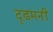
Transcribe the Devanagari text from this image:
दृढमनीं